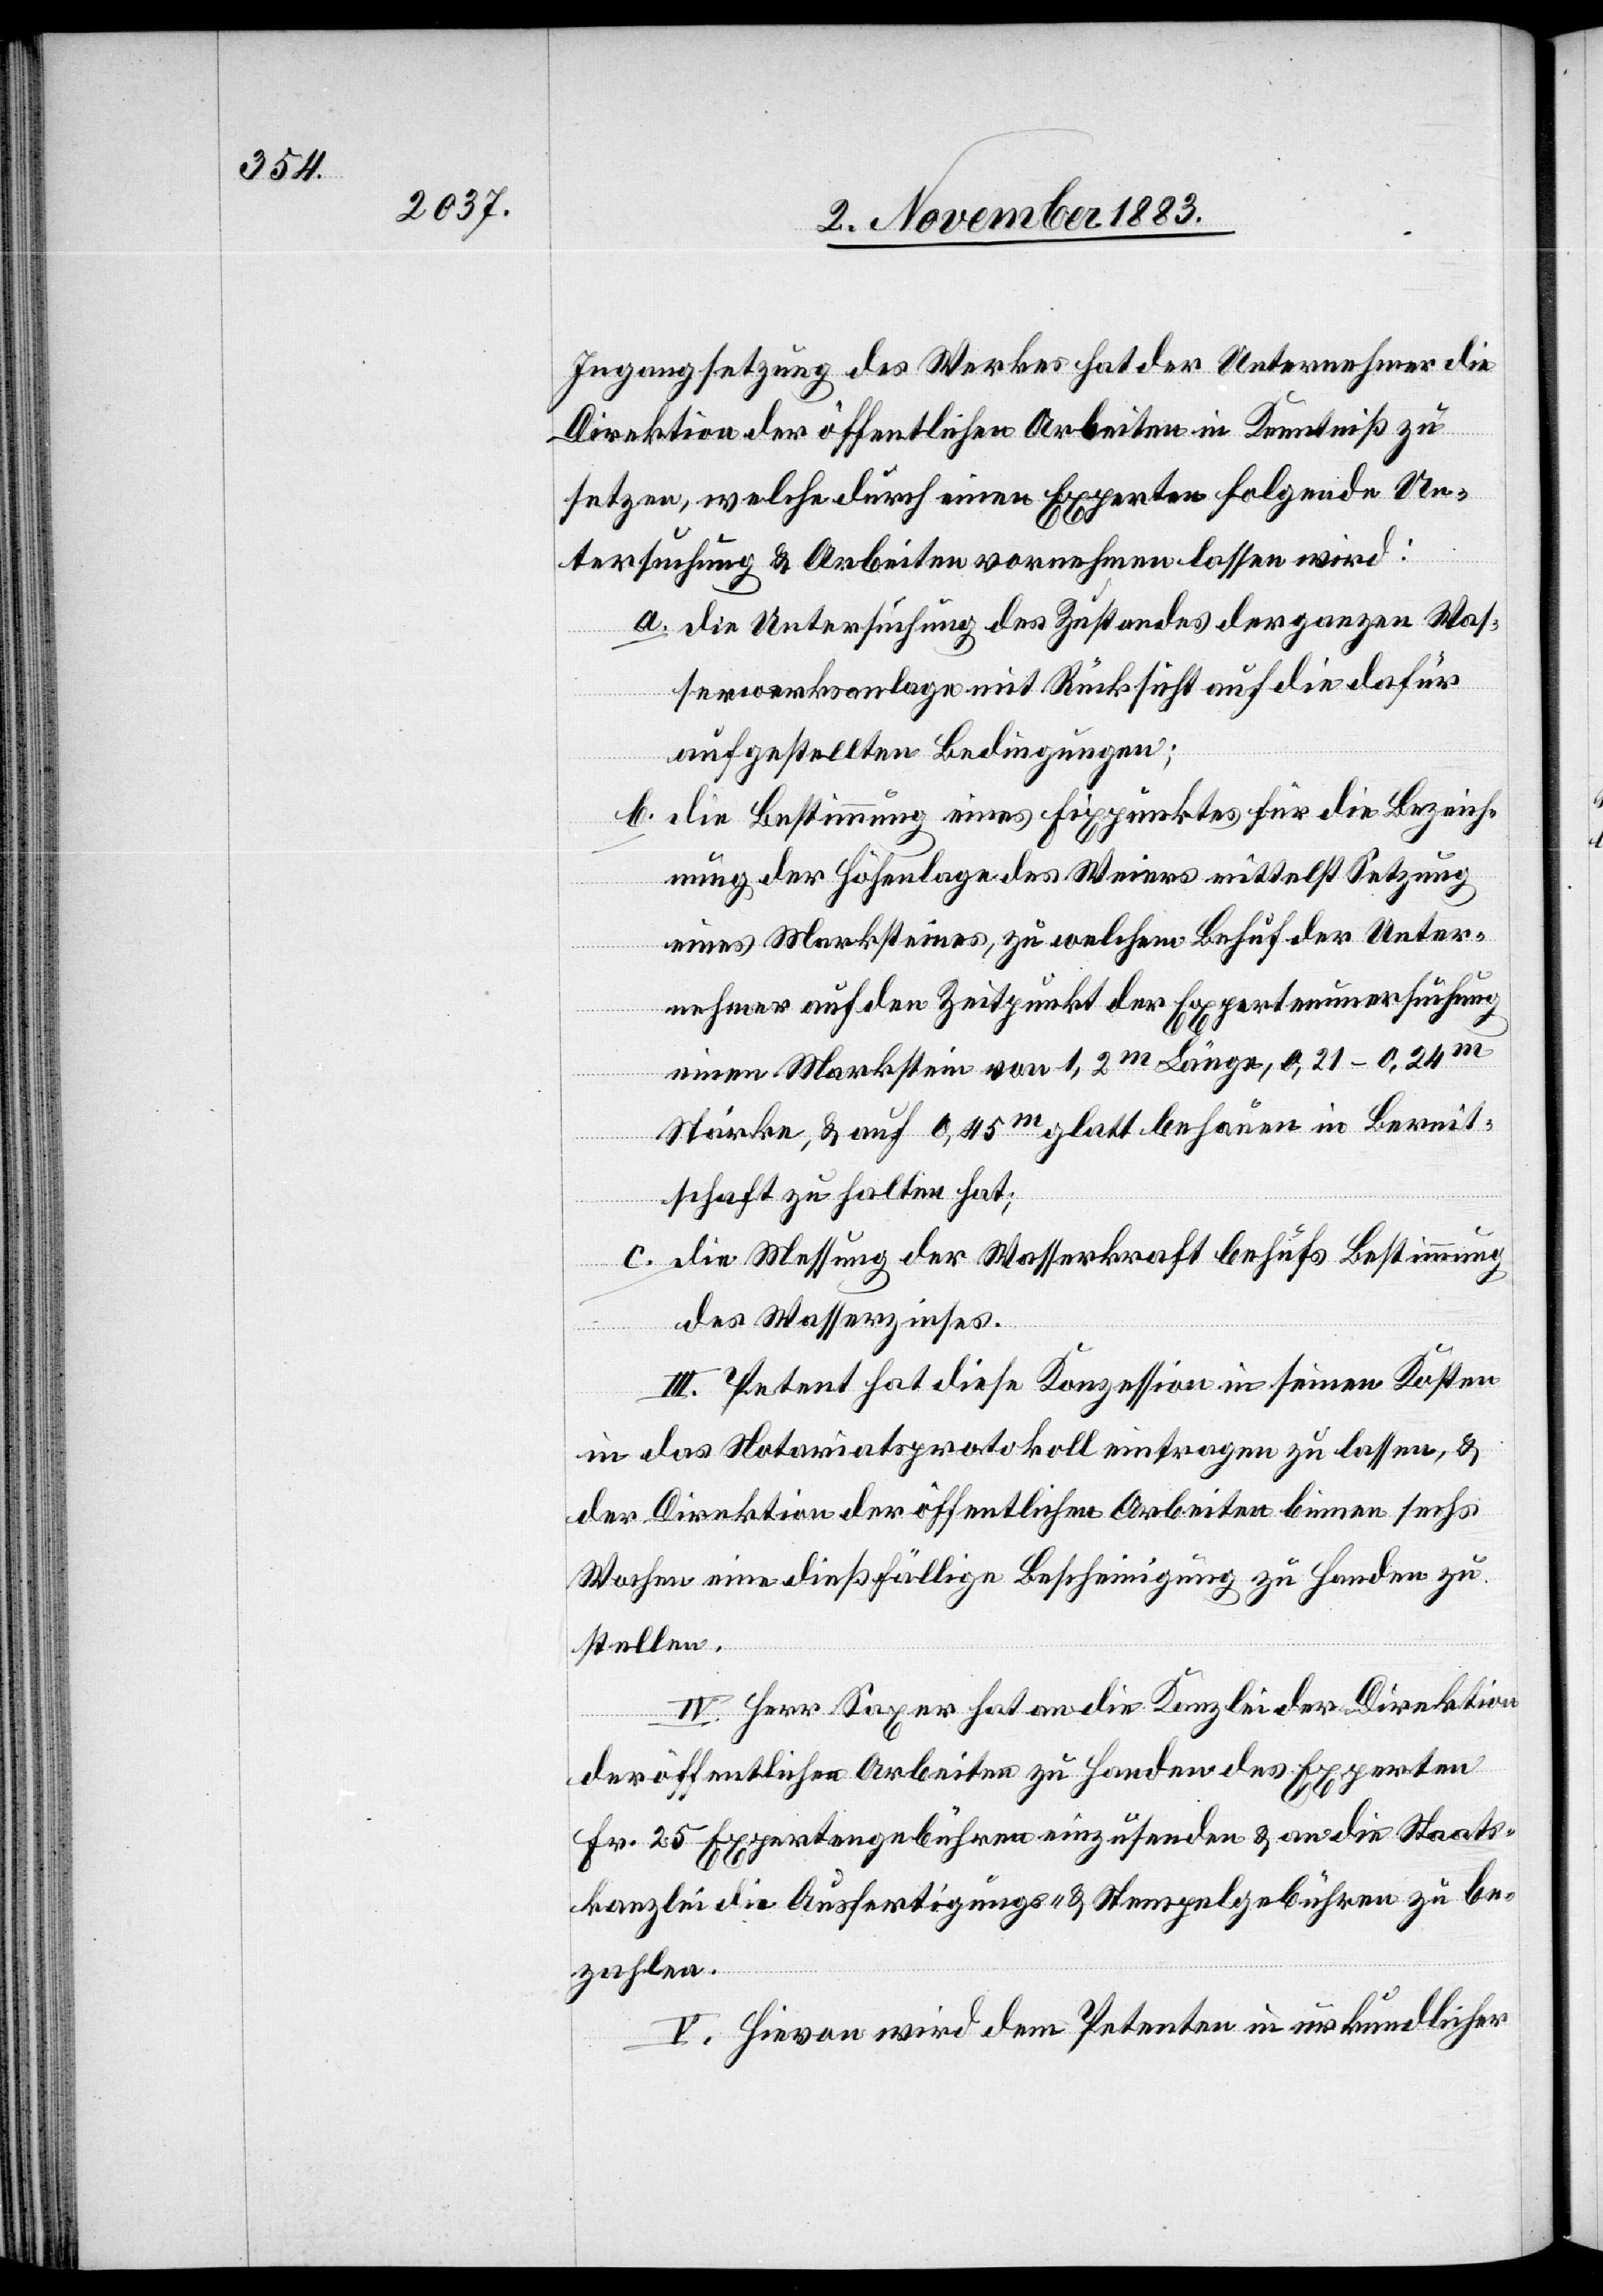
Ingangsetzung des Werkes hat der Unternehmer die
Direktion der öffentlichen Arbeiten in Kenntniß zu
setzen, welche durch einen Experten folgende Un¬
tersuchung & Arbeiten vornehmen lassen wird:
a. die Untersuchung des Zustandes der ganzen Was¬
serwerksanlage mit Rücksicht auf die dafür
aufgestellten Bedingungen;
b. die Bestimmung eines Fixpunktes für die Bezeich¬
nung der Höhenlage des Weiers mittelst Setzung
eines Marksteines, zu welchem Behuf der Unter¬
nehmer auf den Zeitpunkt der Expertenun[t]ersuchung
einen Markstein von 1,2 m Länge, 0,21–0,24 m
Stärke, & auf 0,45 m glatt behauen in Bereit¬
schaft zu halten hat;
c. die Messung der Wasserkraft behufs Bestimmung
des Wasserzinses.
III. Petent hat diese Konzession in seinen Kosten
in das Notariatsprotokoll eintragen zu lassen, &
der Direktion der öffentlichen Arbeiten binnen sechs
Wochen eine dießfällige Bescheinigung zu Handen zu
stellen.
IV. Herr Saxer hat an die Kanzlei der Direktion
der öffentlichen Arbeiten zu Handen des Experten
Fr. 25 Expertengebühren einzusenden & an die Staats¬
kanzlei die Ausfertigungs- & Stempelgebühren zu be¬
zahlen.
V. Hievon wird dem Petenten in urkundlicher